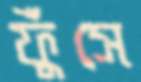
ফুঁসে